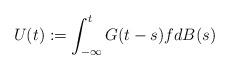
LaTeX: \begin{align*}U(t) := \int^t_{-\infty} G(t-s)f dB(s)\end{align*}